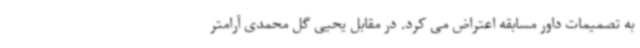
به تصمیمات داور مسابقه اعتراض می کرد. در مقابل یحیی گل محمدی آرامتر